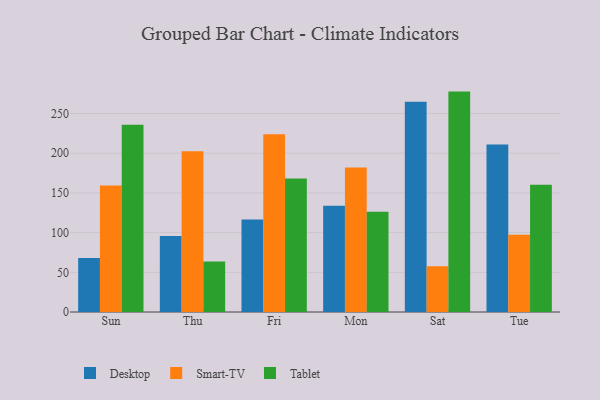
{"axis": {"x": "Day", "y": "Waste Production (Tons)"}, "legend": ["Desktop", "Smart-TV", "Tablet"], "data": [{"x": "Sun", "y": 67.9, "type": "Desktop"}, {"x": "Sun", "y": 159.4, "type": "Smart-TV"}, {"x": "Sun", "y": 235.8, "type": "Tablet"}, {"x": "Thu", "y": 95.8, "type": "Desktop"}, {"x": "Thu", "y": 202.6, "type": "Smart-TV"}, {"x": "Thu", "y": 63.6, "type": "Tablet"}, {"x": "Fri", "y": 116.5, "type": "Desktop"}, {"x": "Fri", "y": 223.9, "type": "Smart-TV"}, {"x": "Fri", "y": 168.1, "type": "Tablet"}, {"x": "Mon", "y": 133.9, "type": "Desktop"}, {"x": "Mon", "y": 182.1, "type": "Smart-TV"}, {"x": "Mon", "y": 126.2, "type": "Tablet"}, {"x": "Sat", "y": 264.8, "type": "Desktop"}, {"x": "Sat", "y": 57.6, "type": "Smart-TV"}, {"x": "Sat", "y": 277.6, "type": "Tablet"}, {"x": "Tue", "y": 210.9, "type": "Desktop"}, {"x": "Tue", "y": 97.2, "type": "Smart-TV"}, {"x": "Tue", "y": 160.2, "type": "Tablet"}]}